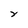
Character: Y